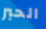
الحبر